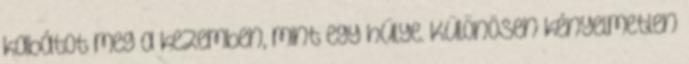
kabátot meg a kezemben, mint egy hülye. Különösen kényelmetlen